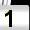
Digit: 1